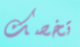
تخصك